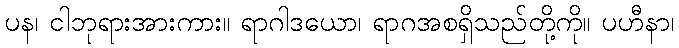
ပန၊ ငါဘုရားအားကား။ ရာဂါဒယော၊ ရာဂအစရှိသည်တို့ကို။ ပဟီနာ၊